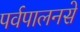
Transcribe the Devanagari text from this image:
पर्वपालनसे